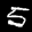
Label: 5